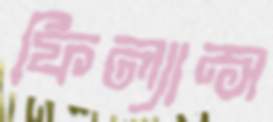
ফিল্যান্স